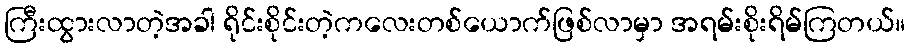
ကြီးထွားလာတဲ့အခါ ရိုင်းစိုင်းတဲ့ကလေးတစ်ယောက်ဖြစ်လာမှာ အရမ်းစိုးရိမ်ကြတယ်။